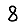
Digit: 8